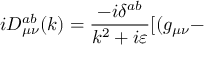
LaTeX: i D _ { \mu \nu } ^ { a b } ( k ) = \frac { - i \delta ^ { a b } } { k ^ { 2 } + i \varepsilon } [ ( g _ { \mu \nu } -